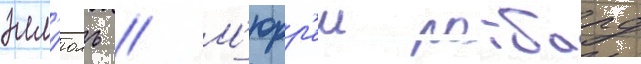
элл'юль // М'юрр'еи ротбард